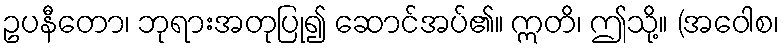
ဥပနီတော၊ ဘုရားအတုပြု၍ ဆောင်အပ်၏။ ဣတိ၊ ဤသို့။ (အဝေါစ၊